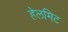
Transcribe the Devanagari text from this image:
हेलमिट